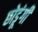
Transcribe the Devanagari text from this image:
छोडूंगी